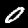
Digit: 0